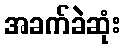
အခက်ခဲဆုံး